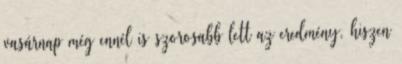
vasárnap még ennél is szorosabb lett az eredmény, hiszen